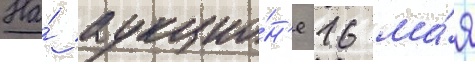
На́ аукцио́н'е 16 ма́я